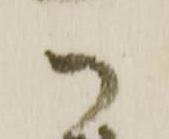
御